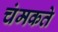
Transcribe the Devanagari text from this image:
चंमकते